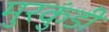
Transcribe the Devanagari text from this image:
मुरकुंडी